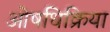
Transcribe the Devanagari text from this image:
ओषधिक्रिया